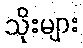
သိုးများ